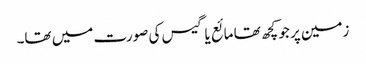
زمین پر جو کچھ تھا مائع یا گیس کی صورت میں تھا۔